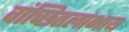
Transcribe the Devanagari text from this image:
वांच्छितलाभाय